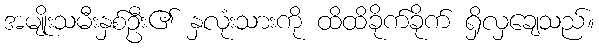
အမျိုးသမီးနှစ်ဦး၏ နှလုံးသားကို ထိထိခိုက်ခိုက် ရှိလှချေသည်။